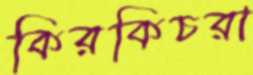
কিরকিচরা